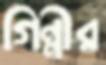
গিন্নীর